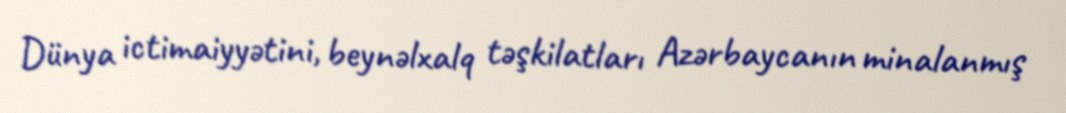
Dünya ictimaiyyətini, beynəlxalq təşkilatları Azərbaycanın minalanmış